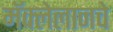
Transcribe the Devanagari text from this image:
मॅक्लेलानचे